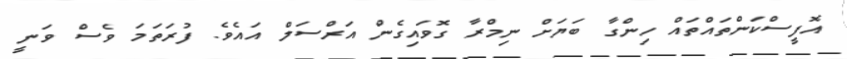
އޮފީސްކަންތައްތައް ހިންގާ ބަޔަށް ނިމްރާ ގޮވައިގެން އަރްސަލް އައެވެ. ފުރަތަމަ ވެސް ވަނީ